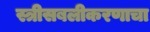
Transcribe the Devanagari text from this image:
स्त्रीसबलीकरणाचा